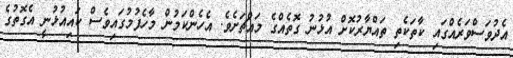
އެދުވަސްވަރެއްގައި ކާތަކެތި ތައްޔާރުކޮށް އުޅުނު ގޮތެއްގެ މައްޗަށެވެ. އެހެންކަމުން މާހެފުމުގައިވެސް ކައިއުޅުނީ އެގޮތުގެ